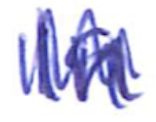
Text: In
Cross-out: mix
Writing tool: ballpoint